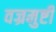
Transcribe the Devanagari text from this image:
वज्रमुष्टी